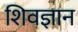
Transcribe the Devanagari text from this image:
शिवज्ञान